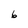
Character: 6